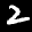
Label: 2